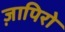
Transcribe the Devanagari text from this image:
ज़ापिरो